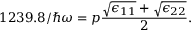
1 2 3 9 . 8 / \hbar \omega = p \frac { \sqrt { \epsilon _ { 1 1 } } + \sqrt { \epsilon _ { 2 2 } } } { 2 } .